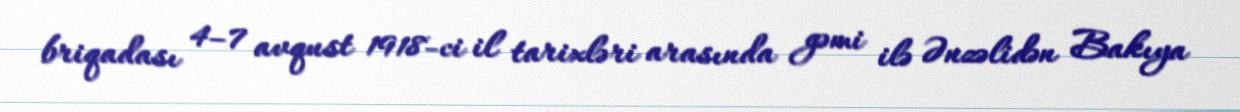
briqadası 4–7 avqust 1918-ci il tarixləri arasında gəmi ilə Ənzəlidən Bakıya